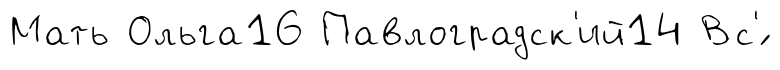
Мать Ольга16 Павлоградск'ий14 Вс'́